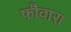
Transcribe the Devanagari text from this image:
फौवारा